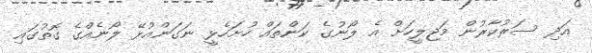
އަދި ސަރުކާރުން މަޖިލީހަށް އެ ލޯނުގެ ކަންތައް ހުށަހެޅީ ނަގަންއުޅޭ ލޯނެއްގެ ގޮތުގައި